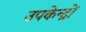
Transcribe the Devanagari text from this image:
उपकेन्द्रों